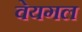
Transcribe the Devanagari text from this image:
वेयगल